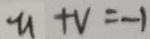
u + V = - 1